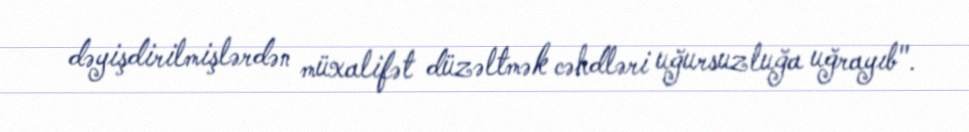
dəyişdirilmişlərdən müxalifət düzəltmək cəhdləri uğursuzluğa uğrayıb".